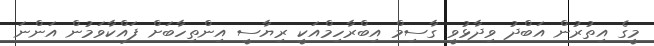
މީގެ އިތުރުން އަބްދު ވިދާޅުވީ ގާސިމް އިބްރާހިމްއަކީ ރިޔާސީ އިންތިހާބަށް ފައްކާވަމުން އަންނަ